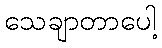
သေချာတာပေါ့